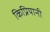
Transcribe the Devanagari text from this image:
किप्रियानी